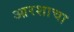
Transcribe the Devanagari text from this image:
आरशाचा